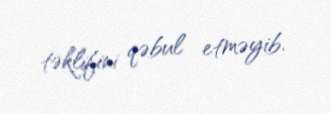
təklifini qəbul etməyib.